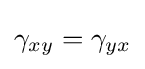
\gamma _{xy}=\gamma _{yx}